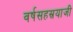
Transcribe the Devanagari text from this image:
वर्षसहस्रयाजी